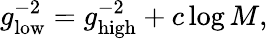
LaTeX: g_{\mathrm{low}}^{-2}=g_{\mathrm{high}}^{-2}+c\log M,